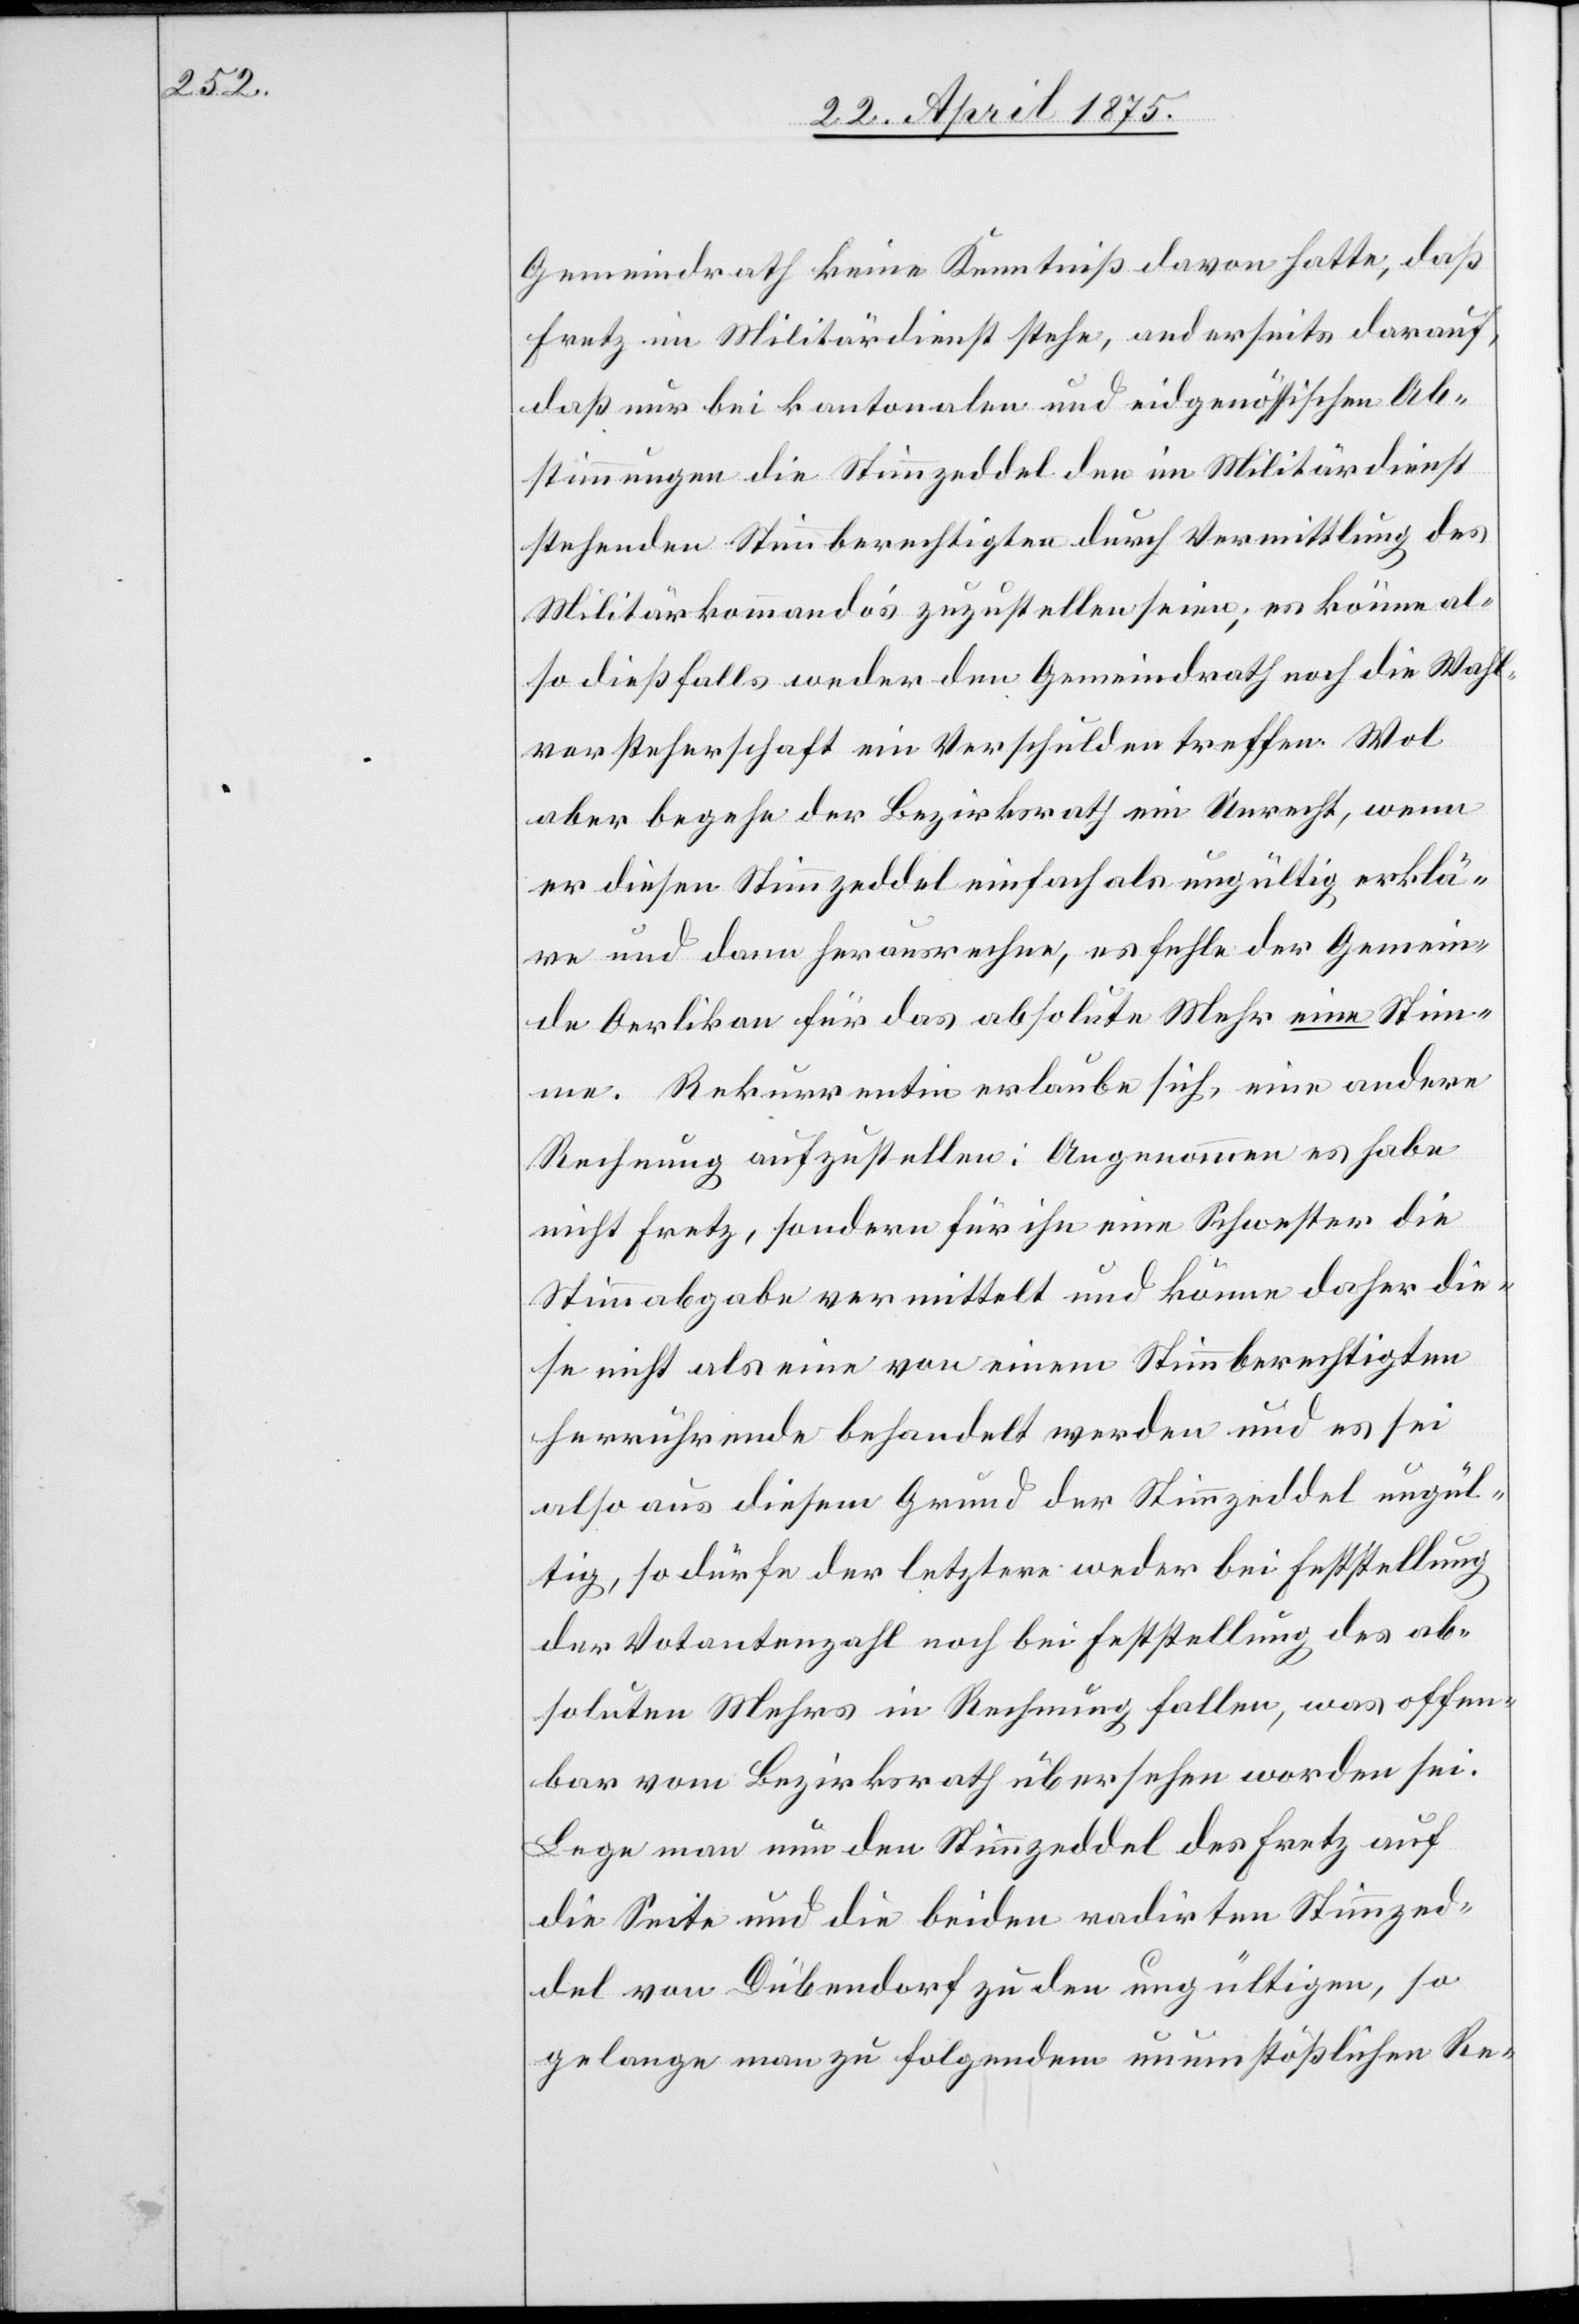
meindrath keine Kenntniß davon hatte, daß
Fretz im Militärdienst stehe, anderseits darauf,
daß nur bei kantonalen und eidgenössischen Ab¬
stimmungen die Stimmzeddel den im Militärdienst
stehenden Stimmberechtigen durch Vermittlung des
Militärkommando’s zuzustellen seien; es könne al¬
so dießfalls weder der Gemeindrath noch die Wahl¬
vorsteherschaft ein Verschulden treffen. Wol
aber begehe der Bezirksrath ein Unrecht, wenn
er diesen Stimmzeddel einfach als ungültig erklä¬
re und dann herausrechne, es fehle der Gemein¬
de Oerlikon für das absolute mehr eine Stim¬
me. Rekurrentin erlaube sich, eine andere
Rechnung aufzustellen: Angenommen es habe
nicht Fretz, sondern für ihn eine Schwester die
Stimmabgabe vermittelt und könne daher die¬
se nicht als eine von einem Stimmberechtigten
herrührende behandelt werden und es sei
also aus diesem Grund der Stimmzeddel ungül¬
tig, so dürfe der letztere weder bei Feststellung
der Votantenzahl noch bei Feststellung des ab¬
soluten Mehrs in Rechnung fallen, was offen¬
bar vom Bezirksrath übersehen worden sei.
Lege man nun den Stimmzeddel des Fretz auf
die Seite und die beiden radirten Stimmzed¬
del von Dübendorf zu den ungültigen, so
gelange man zu folgendem unumstößlichen Re-